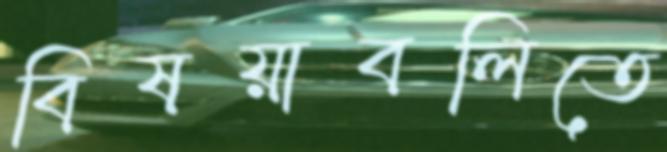
বিষয়াবলিতে